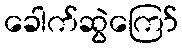
ခေါက်ဆွဲကြော်